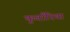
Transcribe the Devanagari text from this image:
कुवाँरिया